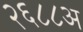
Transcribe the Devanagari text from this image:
२६८८अ